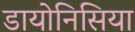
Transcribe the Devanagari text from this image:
डायोनिसिया